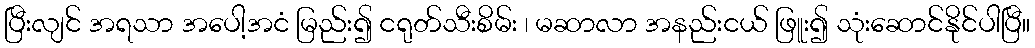
ပြီးလျင် အရသာ အပေါ့အငံ မြည်း၍ ငရုတ်သီးစိမ်း ၊ မဆာလာ အနည်းငယ် ဖြူး၍ သုံးဆောင်နိုင်ပါပြီ။